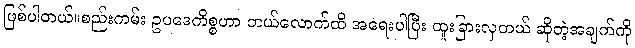
ဖြစ်ပါတယ်။စည်းကမ်း ဥပဒေကိစ္စဟာ ဘယ်လောက်ထိ အရေးပါပြီး ထူးခြားလှတယ် ဆိုတဲ့အချက်ကို